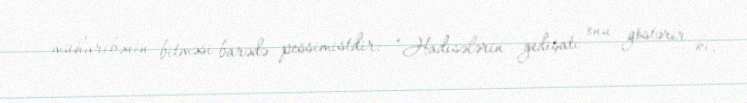
müharibənin bitməsi barədə pessimistdir: “Hadisələrin gedişatı onu göstərir ki,